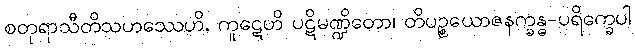
စတုရာသီတိသဟဿေဟိ, ကူဋေဟိ ပဋိမဏ္ဍိတော၊ တိပဉ္စယောဇနက္ခန္ဓ-ပရိက္ခေပါ